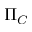
\Pi _ { C }